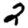
Digit: 2